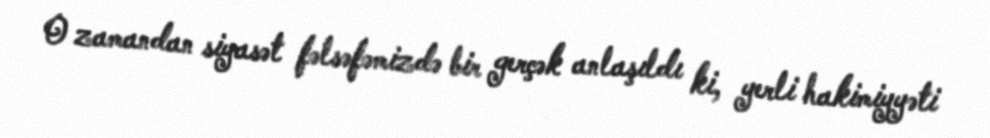
O zamandan siyasət fəlsəfəmizdə bir gerçək anlaşıldı ki, yerli hakimiyyəti